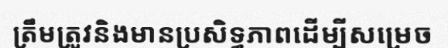
ត្រឹមត្រូវនិងមានប្រសិទ្ធភាពដើម្បីសម្រេច